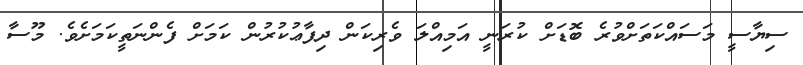
ސިޔާސީ މަސައްކަތަށްވުރެ ބޮޑަށް ކުރަނީ އަމިއްލަ ވެރިކަން ދިފާޢުކުރުން ކަމަށް ފެންނަތީކަމަށެވެ. މޫސާ